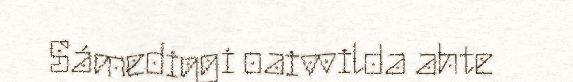
Sámediggi oaivvilda ahte